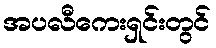
အပလီကေးရှင်းတွင်